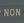
non